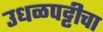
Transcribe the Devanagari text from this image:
उधळपट्टीचा